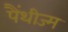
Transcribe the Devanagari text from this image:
पैंथीज्म